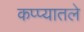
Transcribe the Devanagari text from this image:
कप्प्यातले